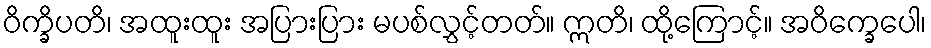
ဝိက္ခိပတိ၊ အထူးထူး အပြားပြား မပစ်လွှင့်တတ်။ ဣတိ၊ ထို့ကြောင့်။ အဝိက္ခေပေါ၊